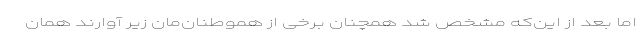
اما بعد از این‌که مشخص شد همچنان برخی از هموطنان‌مان زیر آوارند همان